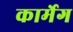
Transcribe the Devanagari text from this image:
कार्मेग